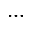
. . .